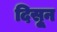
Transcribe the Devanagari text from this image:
दिसुून